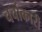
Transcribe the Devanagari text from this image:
चर्चाकारी